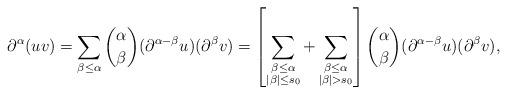
LaTeX: \begin{align*}\partial^{\alpha}(uv)=\sum_{\beta\le\alpha}\binom{\alpha}{\beta} (\partial^{\alpha-\beta}u)(\partial^{\beta}v)=\left[\sum_{\substack{\beta\le\alpha\\|\beta|\le s_0}}+\sum_{\substack{\beta\le\alpha\\|\beta|> s_0}}\right]\binom{\alpha}{\beta}(\partial^{\alpha-\beta}u)(\partial^{\beta}v),\end{align*}